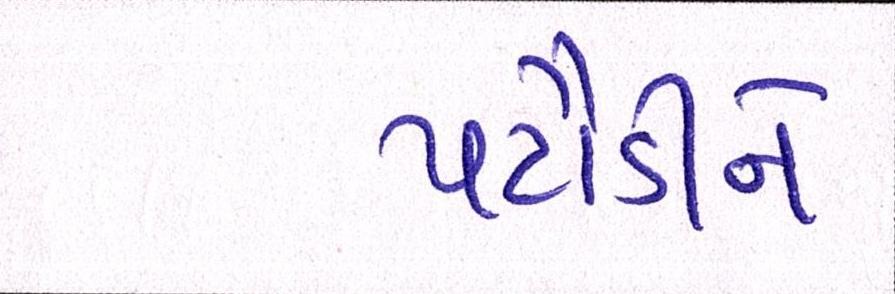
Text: પટૌડીને